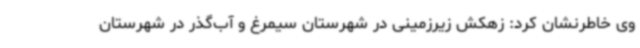
وی خاطرنشان کرد: زهکش زیرزمینی در شهرستان سیمرغ و آب‌گذر در شهرستان